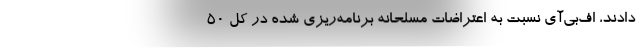
دادند، اف‌بی‌آی نسبت به اعتراضات مسلحانه برنامه‌ریزی شده در کل ۵۰